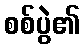
စစ်ပွဲ၏